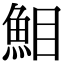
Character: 𩶖